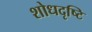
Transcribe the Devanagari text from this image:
शोधदृष्टि